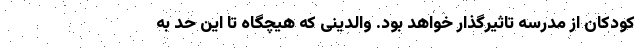
کودکان از مدرسه تاثیرگذار خواهد بود. والدینی که هیچگاه تا این حد به